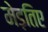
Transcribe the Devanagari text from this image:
मेड़तिए